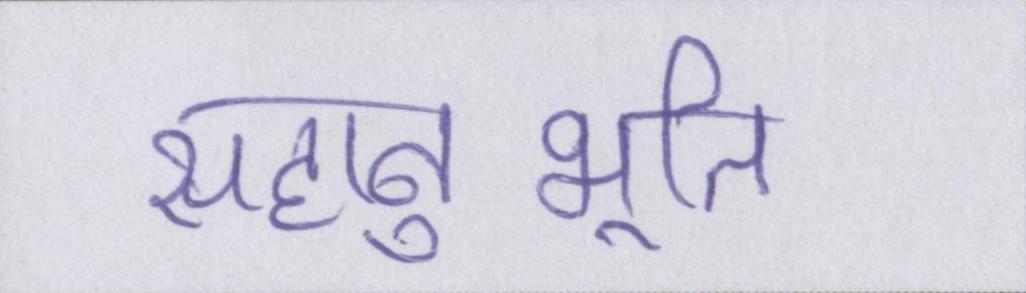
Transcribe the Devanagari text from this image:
सहानुभूति